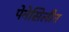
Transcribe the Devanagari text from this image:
पेनेसिलीन